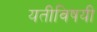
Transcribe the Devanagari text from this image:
यतीविषयी